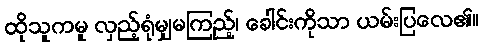
ထိုသူကမူ လှည့်ရုံမျှမကြည့်၊ ခေါင်းကိုသာ ယမ်းပြလေ၏။